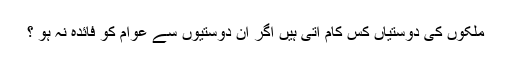
ملکوں کی دوستیاں کس کام آتی ہیں اگر ان دوستیوں سے عوام کو فائدہ نہ ہو ؟